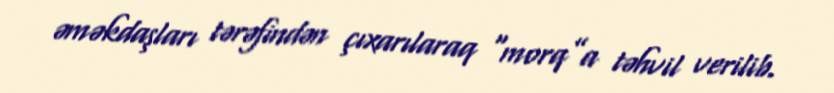
əməkdaşları tərəfindən çıxarılaraq “morq”a təhvil verilib.